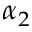
\alpha _ { 2 }